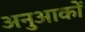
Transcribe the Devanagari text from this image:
अनुआकों